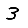
Digit: 3